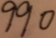
9 9 0